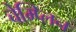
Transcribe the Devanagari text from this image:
चेम्प्लिन